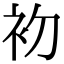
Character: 𭃨